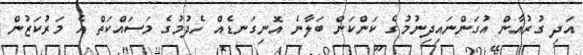
އަދި ގުރުއާން އުގަންނައިދިނުމުގެ ކަންކަން ބަލާނެ އޮނިގަނޑެއް ހެދުމުގެ މަސައްކަތް އެ މަރުކަޒުން